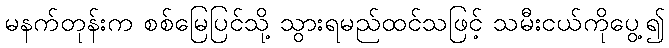
မနက်တုန်းက စစ်မြေပြင်သို့ သွားရမည်ထင်သဖြင့် သမီးငယ်ကိုပွေ့၍